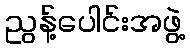
ညွန့်ပေါင်းအဖွဲ့